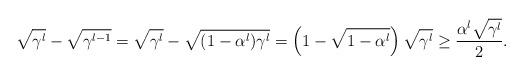
LaTeX: \begin{align*}\sqrt{\gamma^l} - \sqrt{\gamma^{l-1}} = \sqrt{\gamma^l} - \sqrt{(1- \alpha^l) \gamma^l} =\left( 1- \sqrt{1-\alpha^l} \right)\sqrt{\gamma^l} \ge \frac{\alpha^l \sqrt{\gamma^l}}{2}.\end{align*}